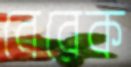
বেরেক